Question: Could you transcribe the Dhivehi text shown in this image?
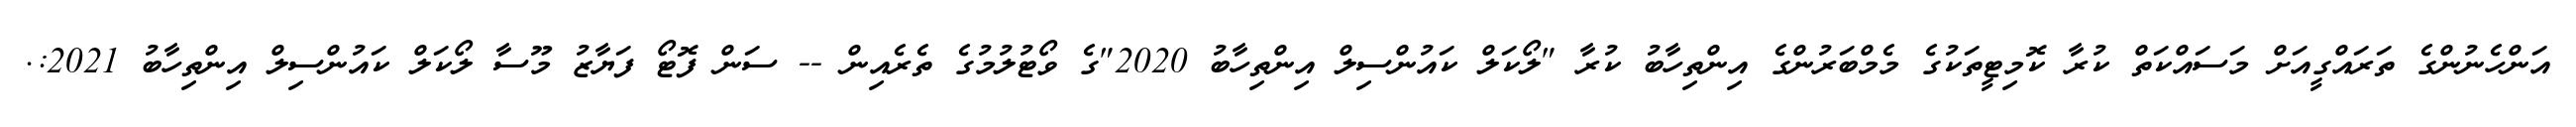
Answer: އަންހެނުންގެ ތަރައްގީއަށް މަސައްކަތް ކުރާ ކޮމިޓީތަކުގެ މެމްބަރުންގެ އިންތިހާބު ކުރާ "ލޯކަލް ކައުންސިލް އިންތިހާބު 2020"ގެ ވޯޓުލުމުގެ ތެރެއިން -- ސަން ފޮޓޯ ފަޔާޒު މޫސާ ލޯކަލް ކައުންސިލް އިންތިހާބު 2021:.